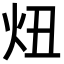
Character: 炄